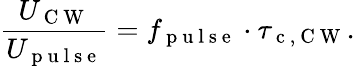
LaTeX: \frac{U_{\mathrm{~C~W~}}}{U_{\mathrm{~p~u~l~s~e~}}}=f_{\mathrm{~p~u~l~s~e~}}\cdot\tau_{\mathrm{~c~,~C~W~}}.